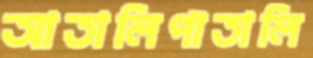
আতালিপাতালি